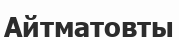
Айтматовты